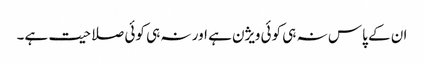
ان کے پاس نہ ہی کوئی ویژن ہے اور نہ ہی کوئی صلاحیت ہے۔